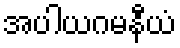
အပါယဂမနီယံ